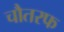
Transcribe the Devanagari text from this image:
चौतरफ